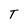
Character: T